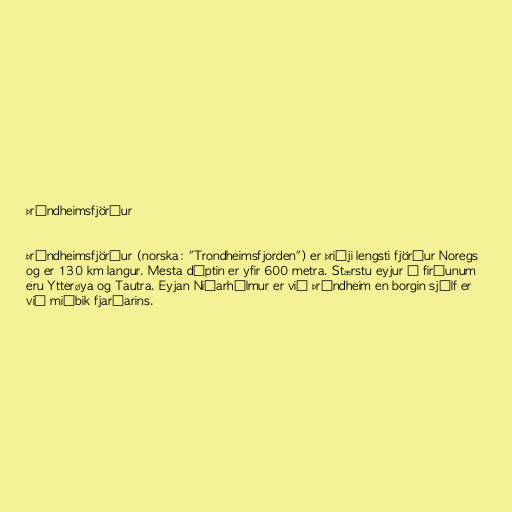
Þrándheimsfjörður

Þrándheimsfjörður (norska: "Trondheimsfjorden") er þriðji lengsti fjörður Noregs
og er 130 km langur. Mesta dýptin er yfir 600 metra. Stærstu eyjur í firðunum
eru Ytterøya og Tautra. Eyjan Niðarhólmur er við Þrándheim en borgin sjálf er
við miðbik fjarðarins.